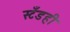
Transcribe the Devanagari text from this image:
स्टँडही